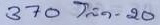
370 = โต๊ด - 20